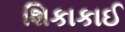
શિકાકાઈ